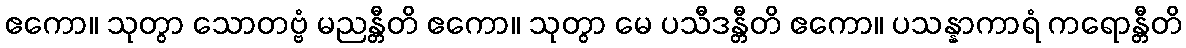
ဧကော။ သုတွာ သောတဗ္ဗံ မညန္တီတိ ဧကော။ သုတွာ မေ ပသီဒန္တီတိ ဧကော။ ပသန္နာကာရံ ကရောန္တီတိ